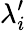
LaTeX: \lambda_{i}^{\prime}